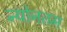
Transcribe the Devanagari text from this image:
न्योनतम